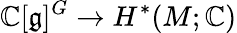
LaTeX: \mathbb{C}[{\mathfrak{g}}]^{G}\rightarrow H^{*}(M;\mathbb{C})